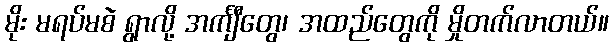
မိုး မရပ်မစဲ ရွာလို့ အင်္ကျီတွေ၊ အထည်တွေကို မှိုတက်လာတယ်။